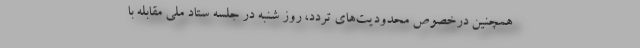
همچنین درخصوص محدودیت‌های تردد، روز شنبه در جلسه ستاد ملی مقابله با